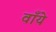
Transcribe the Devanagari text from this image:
वाँये